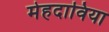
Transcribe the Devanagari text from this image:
मेहदाविया